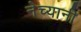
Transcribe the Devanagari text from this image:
नेच्यानी